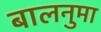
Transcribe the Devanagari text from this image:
बालनुमा